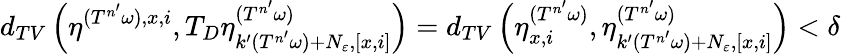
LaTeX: d_{TV}\left(\eta^{(T^{n^{\prime}}\omega),x,i},T_{D}\eta_{k^{\prime}(T^{n^{\prime}}\omega)+N_{\varepsilon},[x,i]}^{(T^{n^{\prime}}\omega)}\right)=d_{TV}\left(\eta_{x,i}^{(T^{n^{\prime}}\omega)},\eta_{k^{\prime}(T^{n^{\prime}}\omega)+N_{\varepsilon},[x,i]}^{(T^{n^{\prime}}\omega)}\right)<\delta